Lunatic asylums Central Provinces reports 1895-1909 - 1895-1909
Year: 1895
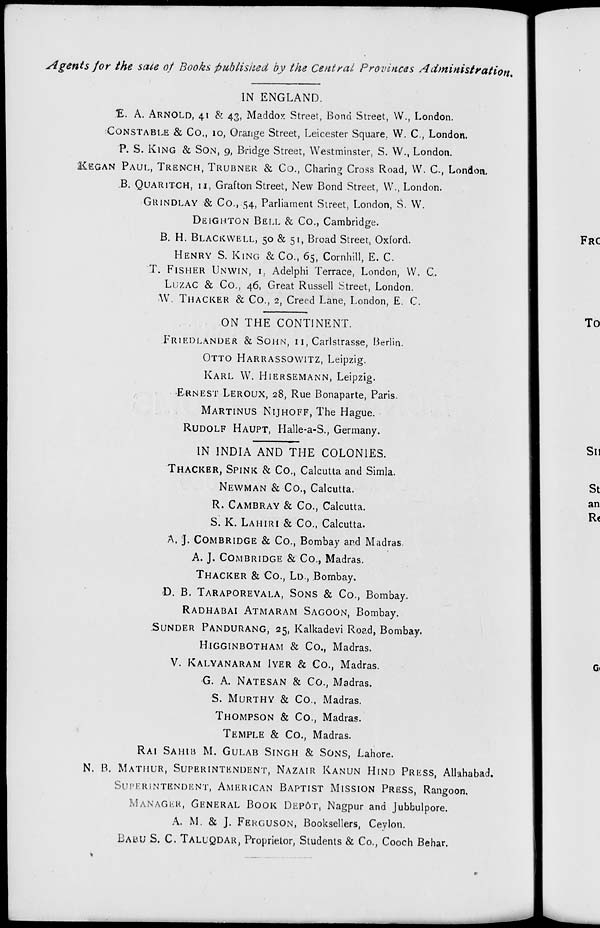
Agents for the sale of Books published by the Central Provinces
Administration.
IN ENGLAND.
E. A. ARNOLD, 41 & 43, Maddox Street, Bond Street, W., London.
CONSTABLE & Co., 10, Orange Street, Leicester Square, W. C., London.
P. S. KING & SON, 9, Bridge Street, Westminster, S. W., London.
KEGAN PAUL, TRENCH, TRUBNER & Co., Charing Cross Road, W. C., London.
B. QUARITCH, 11, Grafton Street, New Bond Street, W., London.
GRINDLAY & Co., 54, Parliament Street, London, S. W.
DEIGHTON BELL & Co., Cambridge.
B. H. BLACKWELL, 50 & 51, Broad Street, Oxford.
HENRY S. KING & Co., 65, Comhill, E. C.
T. FISHER UNWIN, 1, Adelphi Terrace, London, W. C.
LUZAC & Co., 46, Great Russell Street, London.
W. THACKER & Co., 2, Creed Lane, London, E. C.
ON THE CONTINENT.
FRIEDLANDER & SOHN, 11, Carlstrasse, Berlin.
OTTO HARRASSOWITZ, Leipzig.
KARL W. HIERSEMANN, Leipzig.
ERNEST LEROUX, 28, Rue Bonaparte, Paris.
MARTINUS NIJHOFF, The Hague.
RUDOLF HAUPT, Halle-a-S., Germany.
IN INDIA AND THE COLONIES.
THACKER, SPINK & Co., Calcutta and Simla.
NEWMAN & Co., Calcutta.
R. CAMBRAY & Co., Calcutta.
S. K. LAHIRI & Co., Calcutta.
A. J. COMBRIDGE & Co., Bombay and Madras
A. J. COMBRIDGE & Co., Madras.
THACKER & Co., LD., Bombay.
D. B. TARAPOREVALA, SONS & Co., Bombay.
RADHABAI ATMARAN SAGOON, Bombay.
SUNDER PANDURANG, 25, Kalkadevi Road, Bombay.
HIGGINBOTHAM & Co., Madras.
V. KALYANARAM IYER & Co., Madras.
G. A. NATESAN & Co., Madras.
S. MURTHY & Co., Madras.
THOMPSON & Co., Madras.
TEMPLE & Co., Madras.
RAI SAHIB M. GULAB SINGH & SONS, Lahore.
N. B. MATHUR, SUPERINTENDENT, NAZAIR KANUN HIND PRESS, Allahabad.
SUPERINTENDENT, AMERICAN BAPTIST MISSION PRESS, Rangoon.
MANAGER, GENERAL BOOK DEPÔT, Nagpur and Jubbulpore.
A. M. & J. FERGUSON, Booksellers, Ceylon.
BABU S. C. TALUQDAR, Proprietor, Students & Co., Cooch Behar.